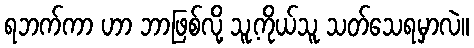
ရဘက်ကာ ဟာ ဘာဖြစ်လို့ သူ့ကိုယ်သူ သတ်သေရမှာလဲ။